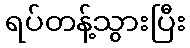
ရပ်တန့်သွားပြီး